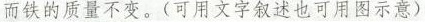
而铁的质量不变。(可用文字叙述也可用图示意)